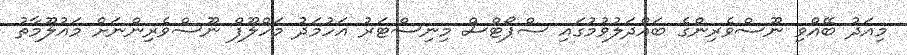
މިއަދު ބޭއްވި ނޫސްވެރިންގެ ބައްދަލުވުމުގައި ސްޕޯޓްސް މިނިސްޓަރު އަހުމަދު މަހްލޫފް ނޫސްވެރިންނަށް މައުލޫމާތު